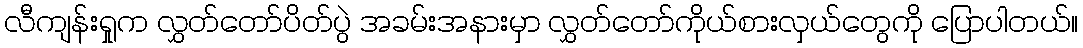
လီကျန်းရှုက လွှတ်တော်ပိတ်ပွဲ အခမ်းအနားမှာ လွှတ်တော်ကိုယ်စားလှယ်တွေကို ပြောပါတယ်။